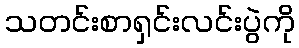
သတင်းစာရှင်းလင်းပွဲကို